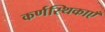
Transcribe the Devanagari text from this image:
कर्णस्थिकाएँ